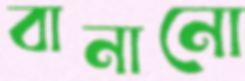
বানানো